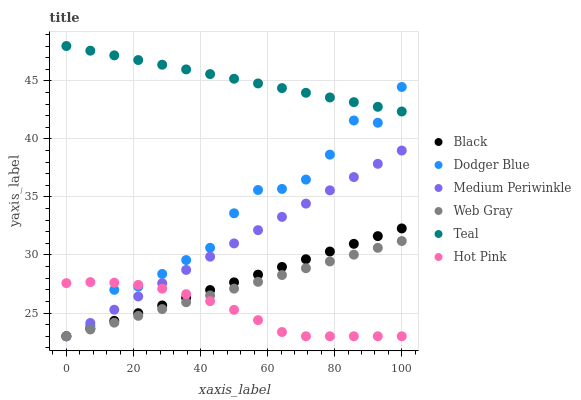
| xaxis_label | Black | Dodger Blue | Medium Periwinkle | Web Gray | Teal | Hot Pink |
 | --- | --- | --- | --- | --- | --- | --- |
 | 0 | 23 | 23 | 23 | 23 | 48 | 27.6 |
 | 7.14 | 23.7 | 23.9 | 24.1 | 23.6 | 47.6 | 27.7 |
 | 14.3 | 24.3 | 27 | 25.3 | 24.2 | 47.2 | 27.6 |
 | 21.4 | 25 | 27.3 | 26.4 | 24.8 | 46.8 | 27.4 |
 | 28.6 | 25.7 | 28.4 | 27.6 | 25.3 | 46.4 | 27.1 |
 | 35.7 | 26.3 | 29.6 | 28.7 | 25.9 | 46 | 26.6 |
 | 42.9 | 27 | 30.6 | 29.9 | 26.5 | 45.6 | 26 |
 | 50 | 27.6 | 33.6 | 31 | 27.1 | 45.2 | 25.3 |
 | 57.1 | 28.3 | 35.6 | 32.1 | 27.7 | 44.8 | 24.4 |
 | 64.3 | 29 | 35.7 | 33.3 | 28.3 | 44.4 | 23.4 |
 | 71.4 | 29.6 | 36.5 | 34.4 | 28.9 | 44 | 23 |
 | 78.6 | 30.3 | 38.6 | 35.6 | 29.4 | 43.6 | 23 |
 | 85.7 | 31 | 41.6 | 36.7 | 30 | 43.2 | 23 |
 | 92.9 | 31.6 | 41.4 | 37.9 | 30.6 | 42.8 | 23 |
 | 100 | 32.3 | 44.5 | 39 | 31.2 | 42.4 | 23 |